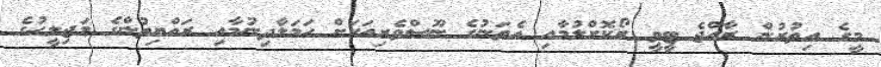
މީގެ އިތުރުން ރާއްޖެ ޓީވީ ރޯކޮށްލުމާއި އެތަނުގެ ނޫސްވެރިއަކަށް ހަމަލާދިނުމާއި ރައްޔިތުންގެ މަޖިލީހުގެ